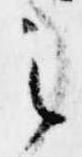
之